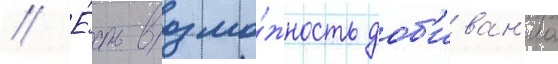
// Е́сть возмо́жность доб'иван'иа